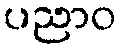
ပညာဝ